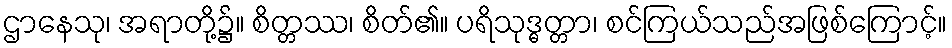
ဌာနေသု၊ အရာတို့၌။ စိတ္တဿ၊ စိတ်၏။ ပရိသုဒ္ဓတ္တာ၊ စင်ကြယ်သည်အဖြစ်ကြောင့်။